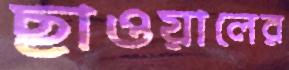
ছাওয়ালের